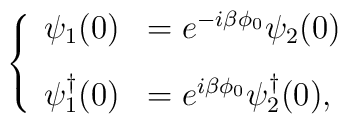
\left \{\begin{array}{ll}\psi_1 (0) & = e^{-i\beta\phi_0}\psi_2(0) \\[3mm]\psi_1^\dagger (0) & = e^{i\beta\phi_0}\psi_2^\dagger(0),\end{array}\right.